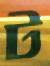
ট